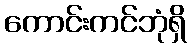
ကောင်းကင်ဘုံရှိ